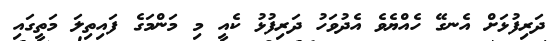
ދަރިފުޅަށް އެނގޭ ހެއްޔެވެ އެދުވަހު ދަރިފުޅު ކެއީ މި މަންމަގެ ފައިތިލަ މަތީގައި